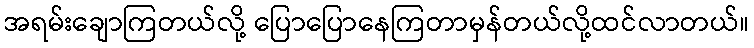
အရမ်းချောကြတယ်လို့ ပြောပြောနေကြတာမှန်တယ်လို့ထင်လာတယ်။